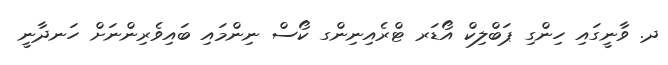
ދ. ވާނީގައި ހިންގި ޕަބްލިކް އޯޑަރ ޓްރެއިނިންގ ކޯސް ނިންމައި ބައިވެރިންނަށް ހަނދާނީ